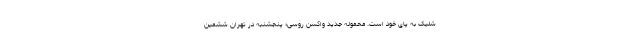
شلیک به پای خود است. محموله جدید واکسن روسی؛ پنجشنبه در تهران ششمین